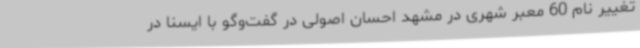
تغییر نام 60 معبر شهری در مشهد احسان اصولی در گفت‌وگو با ایسنا در